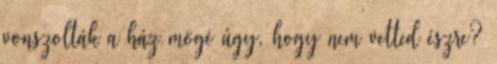
vonszolták a ház mögé úgy, hogy nem vetted észre?